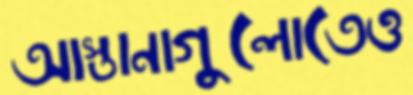
আস্তানাগুলোতেও